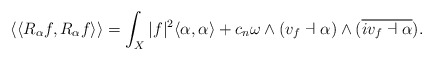
\begin{align*} \langle\langle R_{\alpha} f, R_{\alpha} f\rangle\rangle= \int_{X} \vert f \vert^{2} \langle \alpha, \alpha \rangle + c_{n} \omega \wedge (v_{f} \dashv \alpha) \wedge (\overline{i v_{f}\dashv \alpha}). \end{align*}